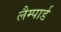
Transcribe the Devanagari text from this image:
लैम्पार्ड